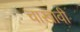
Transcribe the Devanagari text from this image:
चाखावी